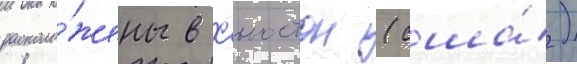
располо́жены в хьюстон (сша́)